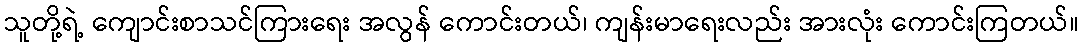
သူတို့ရဲ့ ကျောင်းစာသင်ကြားရေး အလွန် ကောင်းတယ်၊ ကျန်းမာရေးလည်း အားလုံး ကောင်းကြတယ်။